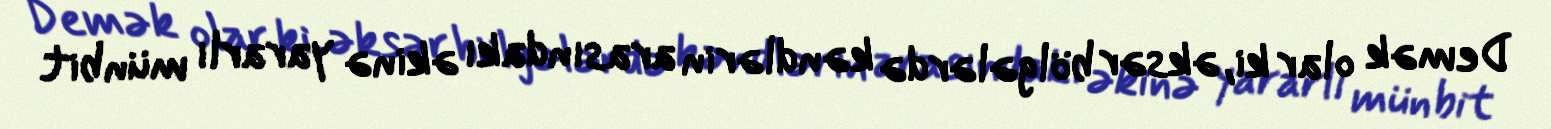
Demək olar ki, əksər bölgələrdə kəndlərin arasındakı əkinə yararlı münbit